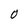
Character: O